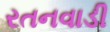
રતનવાડી